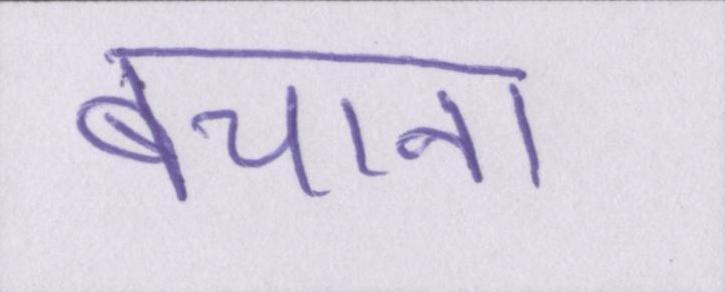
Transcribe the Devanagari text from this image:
बचाना